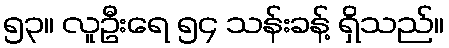
၅၃။ လူဦးရေ ၅၄ သန်းခန့် ရှိသည်။